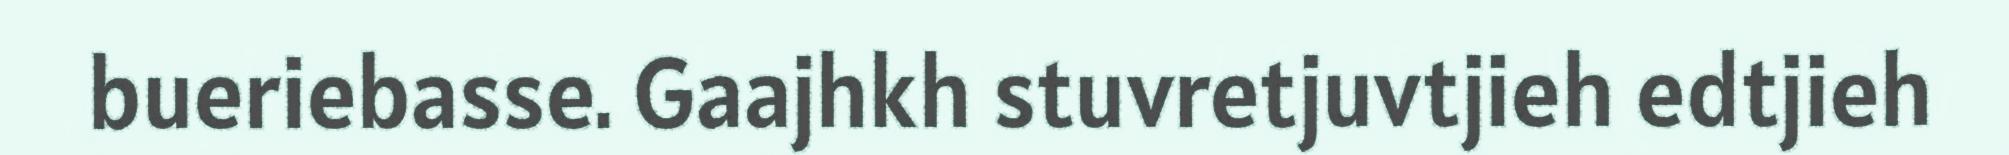
bueriebasse. Gaajhkh stuvretjuvtjieh edtjieh